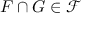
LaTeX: F \cap G \in { \mathcal { F } }